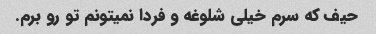
حیف که سرم خیلی شلوغه و فردا نمیتونم تو رو برم.